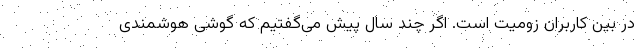
در بین کاربران زومیت است. اگر چند سال پیش می‌گفتیم که گوشی هوشمندی